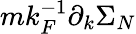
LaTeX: mk_{F}^{-1}\partial_{k}\Sigma_{N}